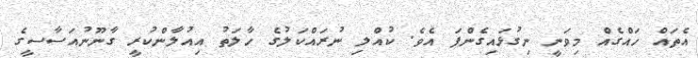
އެތައް ހައްގެއް މިވަނީ ނިގުޅައިގެންފަ އެވެ. ކުއްލި ނުރައްކަލުގެ ހާލަތު އިއުލާންކުރީ ގާނޫނުއަސާސީގެ